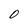
Character: 0